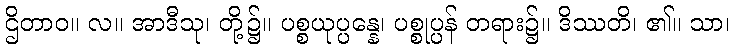
ဌိတာဝ။ လ။ အာဒီသု၊ တို့၌။ ပစ္စယုပ္ပန္နေ၊ ပစ္စုပ္ပန် တရား၌။ ဒိဿတိ၊ ၏။ သာ၊